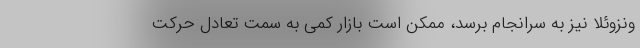
ونزوئلا نیز به سرانجام برسد، ممکن است بازار کمی به سمت تعادل حرکت